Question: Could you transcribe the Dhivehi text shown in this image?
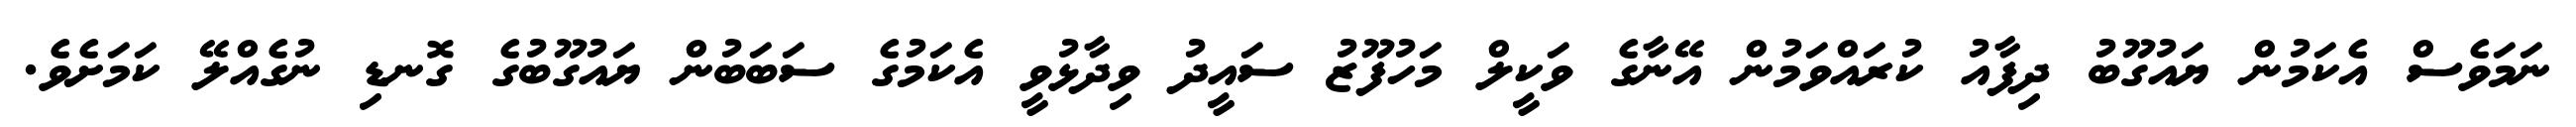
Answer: ނަމަވެސް އެކަމުން ޔައުގޫބު ދިފާއު ކުރައްވަމުން އޭނާގެ ވަކީލް މަހުފޫޒު ސައީދު ވިދާޅުވީ އެކަމުގެ ސަބަބުން ޔައުގޫބުގެ ގޮނޑި ނުގެއްލޭ ކަމަށެވެ.